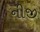
નીજી